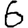
Digit: 6